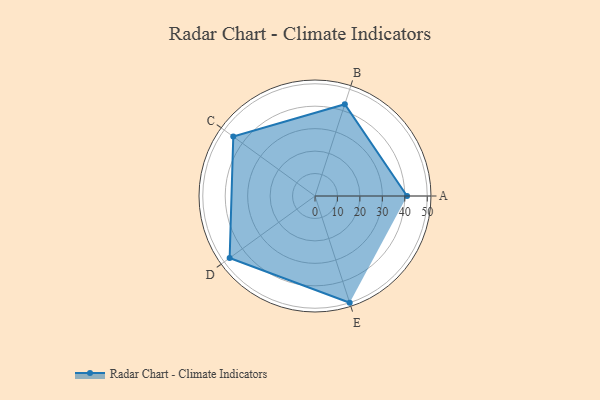
{"axis": {"x": "Skill", "y": "Score"}, "legend": ["Profile"], "data": [{"x": "A", "y": 41.0, "type": "Profile"}, {"x": "B", "y": 43.0, "type": "Profile"}, {"x": "C", "y": 45.0, "type": "Profile"}, {"x": "D", "y": 47.0, "type": "Profile"}, {"x": "E", "y": 50.0, "type": "Profile"}]}